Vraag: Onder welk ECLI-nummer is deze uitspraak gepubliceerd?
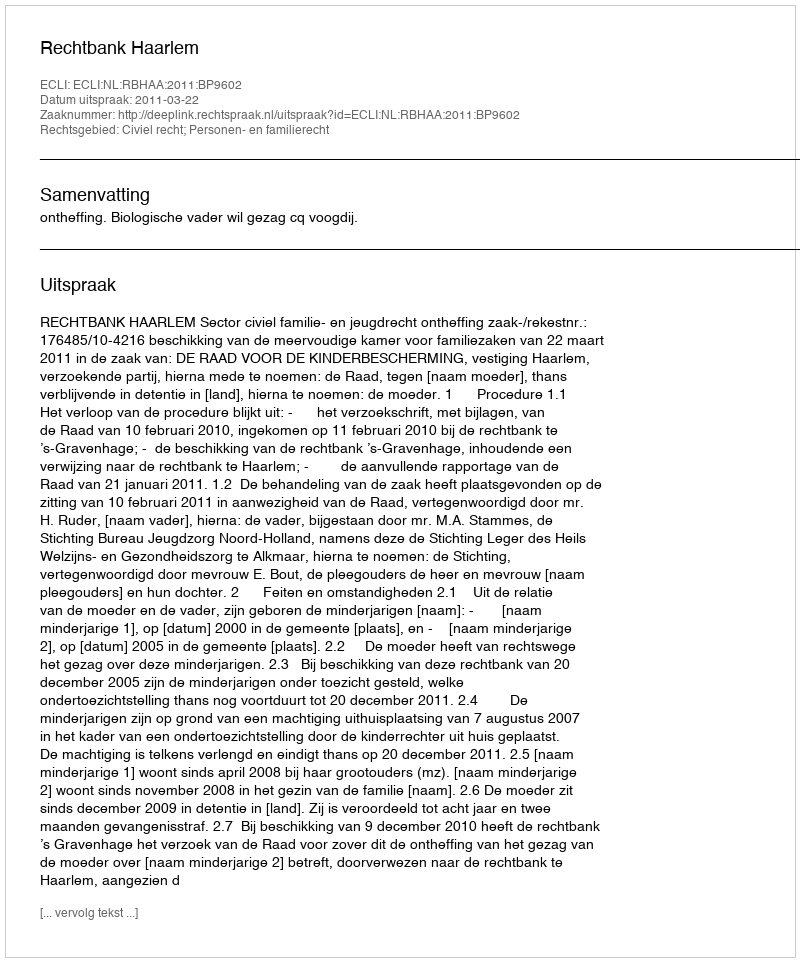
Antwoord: ECLI:NL:RBHAA:2011:BP9602